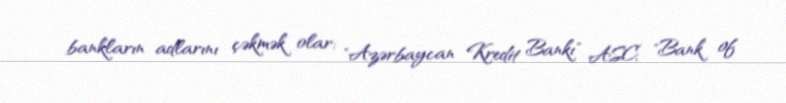
bankların adlarını çəkmək olar: "Azərbaycan Kredit Bankı" ASC, "Bank of